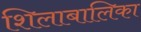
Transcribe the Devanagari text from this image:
शिलाबालिका